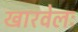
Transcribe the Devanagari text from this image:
खारवेलः